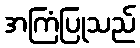
အကြံပြုသည်